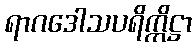
ရာဂဒေါသပရိက္ကိဋ္ဌာ